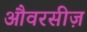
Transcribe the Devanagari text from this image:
औवरसीज़